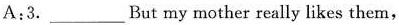
A:3. ___ But my mother really likes them,